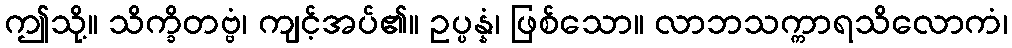
ဤသို့။ သိက္ခိတဗ္ဗံ၊ ကျင့်အပ်၏။ ဥပ္ပန္နံ၊ ဖြစ်သော။ လာဘသက္ကာရသိလောကံ၊